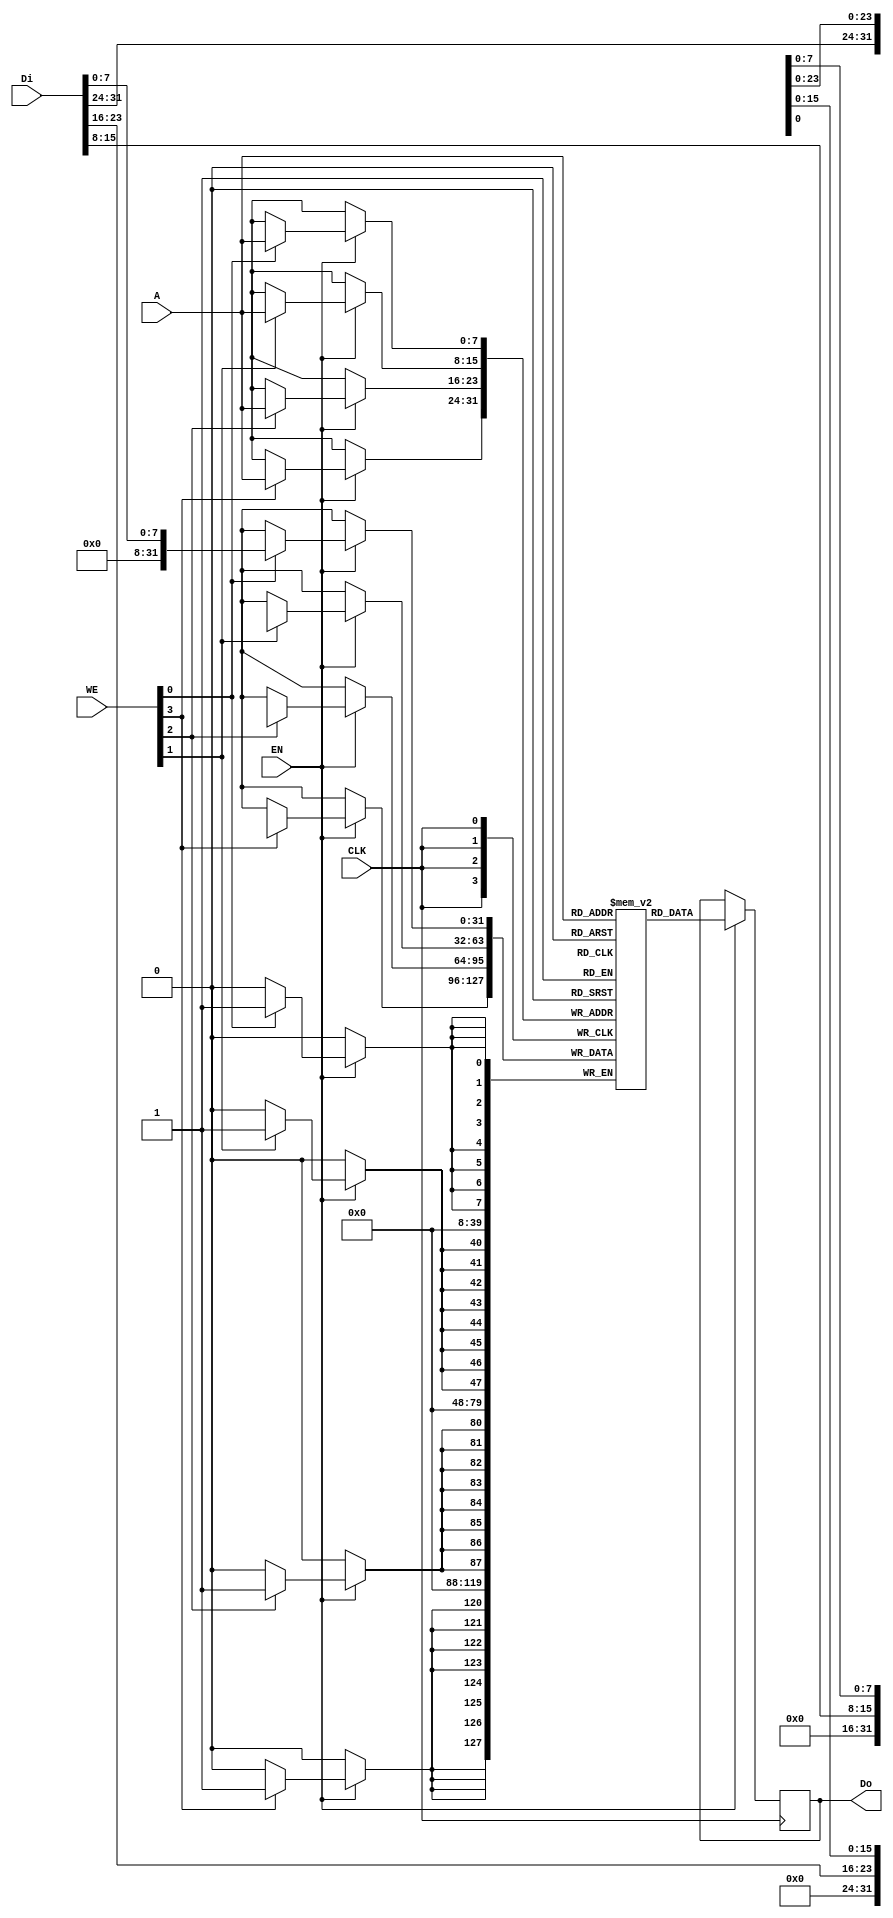
// SPDX-FileCopyrightText: 2020 Efabless Corporation
//
// Licensed under the Apache License, Version 2.0 (the "License");
// you may not use this file except in compliance with the License.
// You may obtain a copy of the License at
//
//      http://www.apache.org/licenses/LICENSE-2.0
//
// Unless required by applicable law or agreed to in writing, software
// distributed under the License is distributed on an "AS IS" BASIS,
// WITHOUT WARRANTIES OR CONDITIONS OF ANY KIND, either express or implied.
// See the License for the specific language governing permissions and
// limitations under the License.
// SPDX-License-Identifier: Apache-2.0

`default_nettype none




module DFFRAM (
`ifdef USE_POWER_PINS
    input VPWR,
    input VGND,
`endif
    input CLK,
    input [3:0] WE,
    input EN,
    input [31:0] Di,
    output reg [31:0] Do,
    input [7:0] A
);
  
parameter MEM_WORDS= 256;

reg [31:0] mem [0:MEM_WORDS-1];

always @(posedge CLK) begin
    if (EN == 1'b1) begin
        Do <= mem[A];
        if (WE[0]) mem[A][ 7: 0] <= Di[ 7: 0];
        if (WE[1]) mem[A][15: 8] <= Di[15: 8];
        if (WE[2]) mem[A][23:16] <= Di[23:16];
        if (WE[3]) mem[A][31:24] <= Di[31:24];
    end
end
endmodule